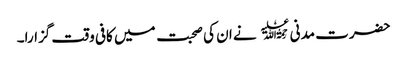
حضرت مدنی ﷫ نے ان کی صحبت میں کافی وقت گزارا۔